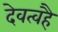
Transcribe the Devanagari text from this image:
देवत्वहै